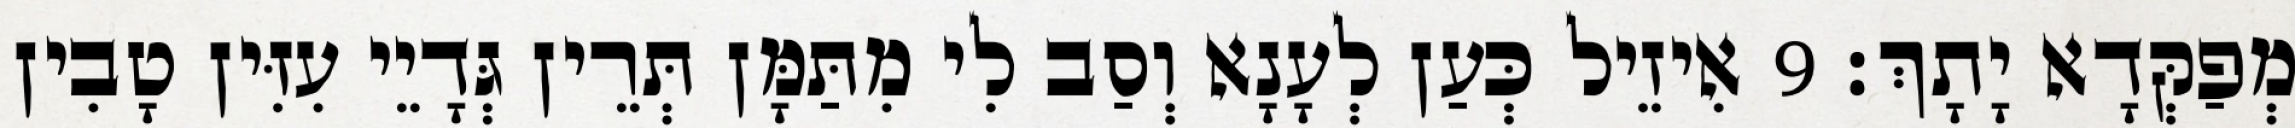
מְפַקְּדָא יָתָךְ׃ 9 אִיזֵיל כְּעַן לְעָנָא וְסַב לִי מִתַּמָּן תְּרֵין גְּדָיֵי עִזִּין טָבִין